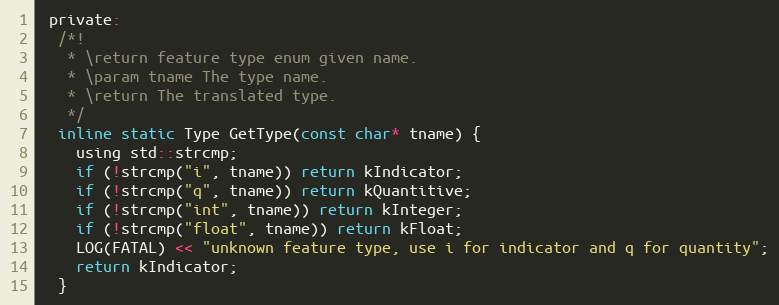
Language: C
 private:
  /*!
   * \return feature type enum given name.
   * \param tname The type name.
   * \return The translated type.
   */
  inline static Type GetType(const char* tname) {
    using std::strcmp;
    if (!strcmp("i", tname)) return kIndicator;
    if (!strcmp("q", tname)) return kQuantitive;
    if (!strcmp("int", tname)) return kInteger;
    if (!strcmp("float", tname)) return kFloat;
    LOG(FATAL) << "unknown feature type, use i for indicator and q for quantity";
    return kIndicator;
  }